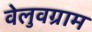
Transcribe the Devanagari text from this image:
वेलुवग्राम